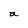
Character: a